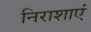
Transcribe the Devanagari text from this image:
निराशाएं